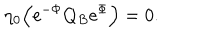
LaTeX: \eta _ { 0 } \Bigl ( \mathrm { e } ^ { - \Phi } Q _ { B } \mathrm { e } ^ { \Phi } \Bigr ) = 0 .